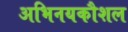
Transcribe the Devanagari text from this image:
अभिनयकौशल